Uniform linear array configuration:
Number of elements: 4
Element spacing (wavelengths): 0.5
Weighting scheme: uniform
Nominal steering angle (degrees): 0
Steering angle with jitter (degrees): -0.9122
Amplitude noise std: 0.05
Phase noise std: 0.05

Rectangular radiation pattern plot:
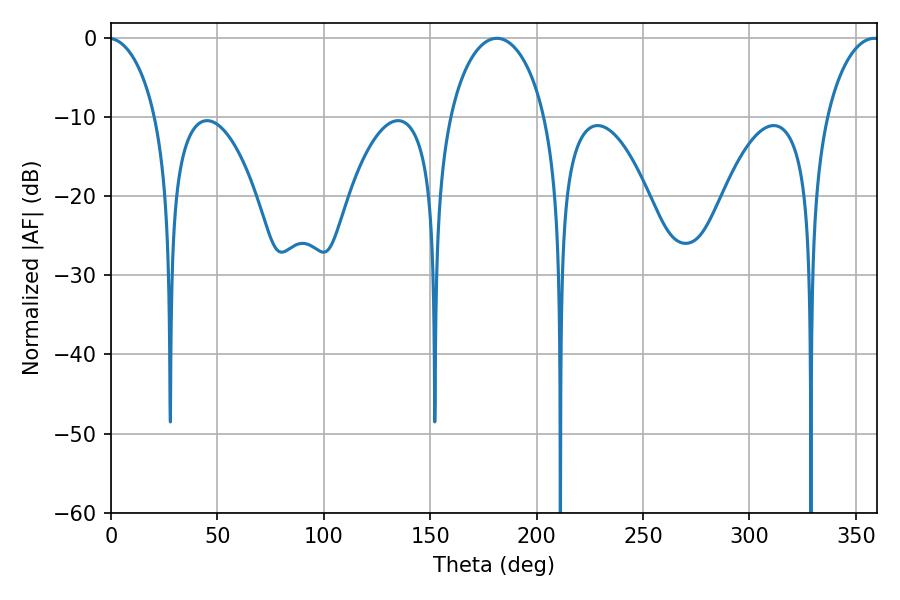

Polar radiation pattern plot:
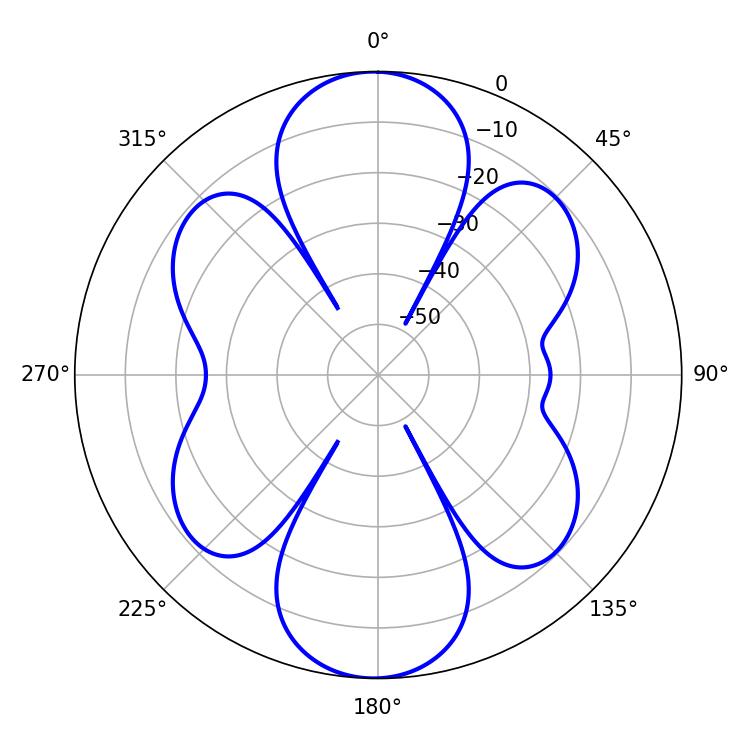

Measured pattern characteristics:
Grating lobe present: FALSE
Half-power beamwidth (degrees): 25.74
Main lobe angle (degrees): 181.26